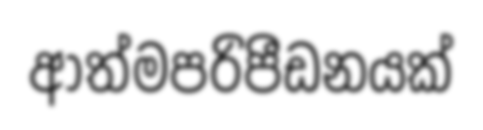
ආත්මපරිපීඩනයක්